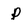
Character: P